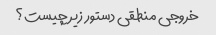
خروجی منطقی دستور زیر چیست؟